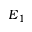
E _ { 1 }